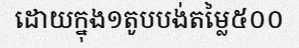
ដោយក្នុង១តូបបង់តម្លៃ៥០០